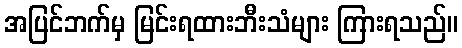
အပြင်ဘက်မှ မြင်းရထားဘီးသံများ ကြားရသည်။